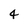
Character: 4